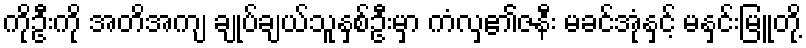
ကိုဦးကို အတိအကျ ချုပ်ချယ်သူနှစ်ဦးမှာ ကံလှ၏ဇနီး မခင်အုံနှင့် မနှင်းမြူတို့